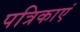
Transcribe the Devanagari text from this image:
पत्रिकाएं